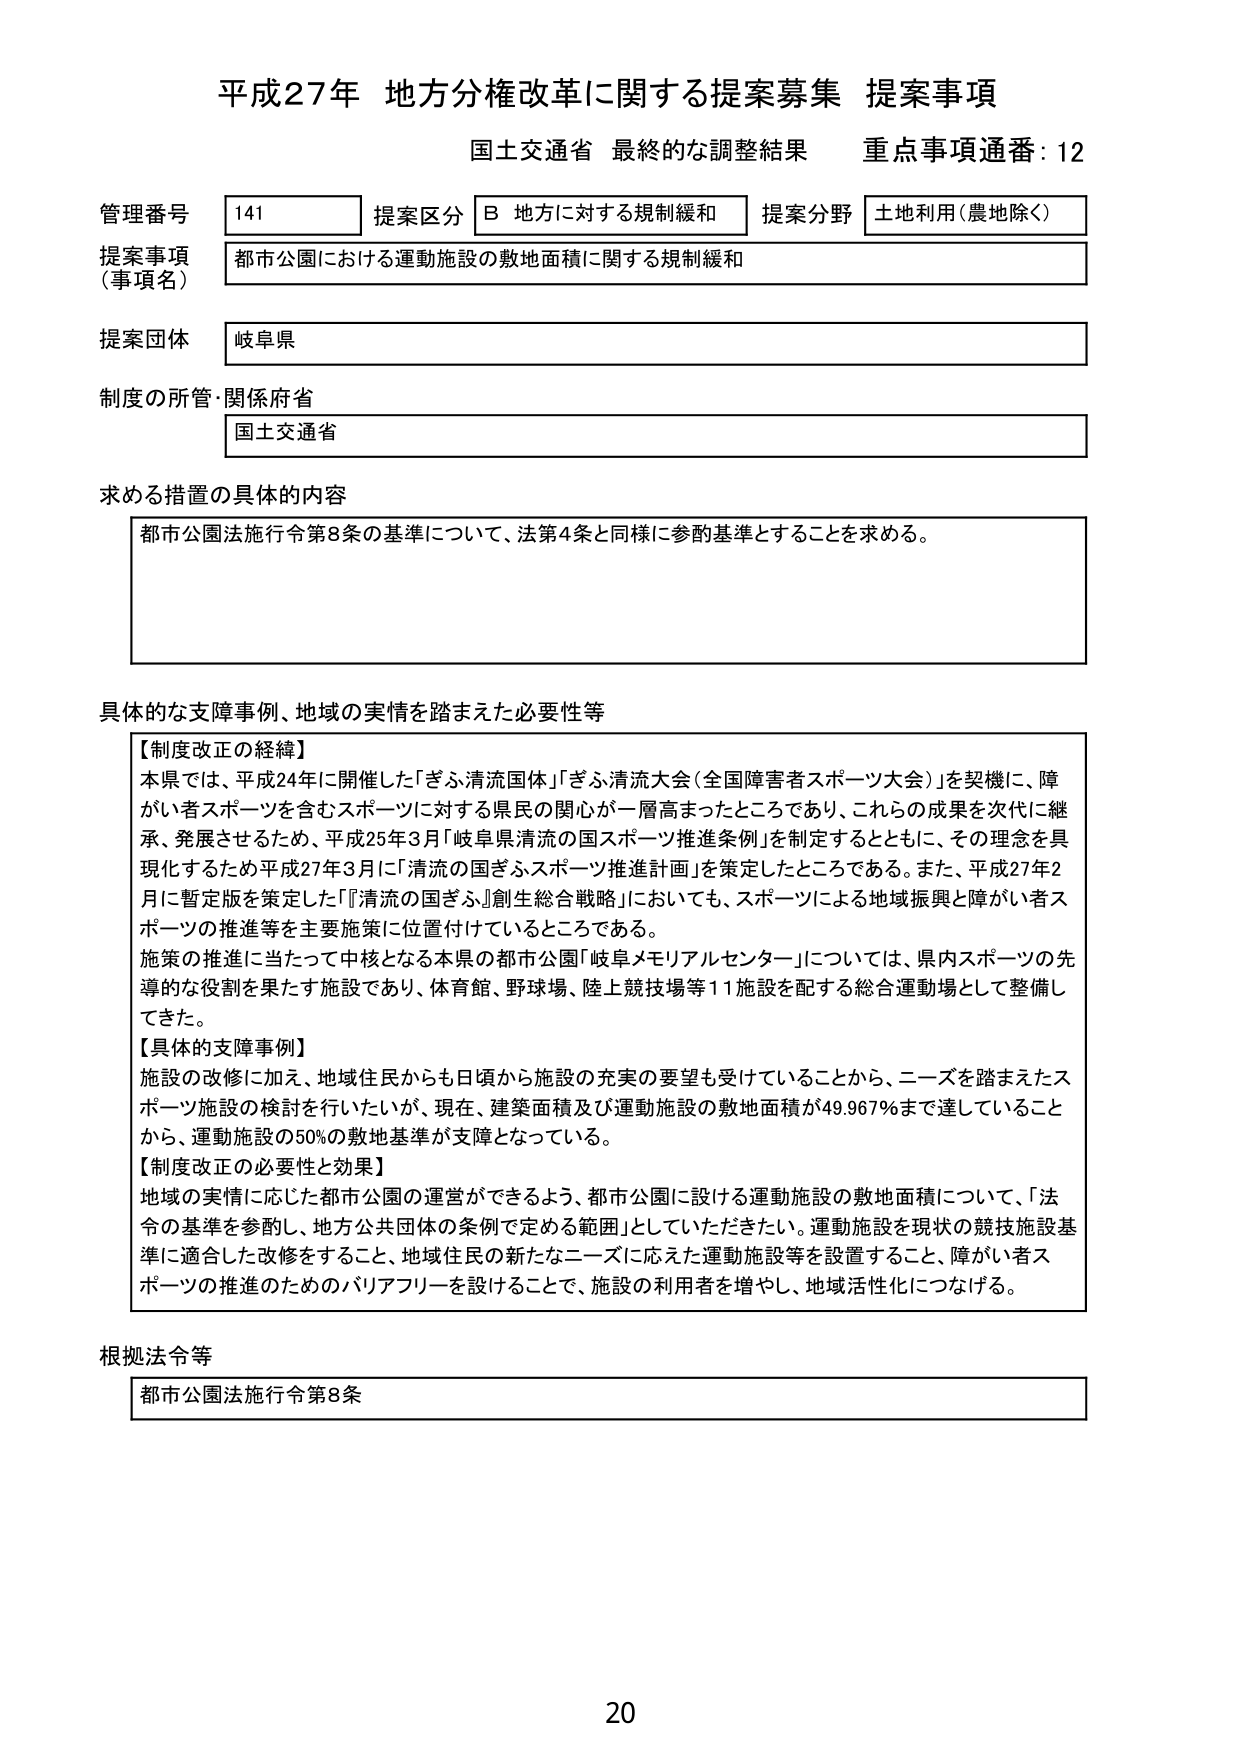
平成27年 地方分権改革に関する提案募集 提案事項
国土交通省 最終的な調整結果 重点事項通番：12

管理番号 141 提案区分 B 地方に対する規制緩和 提案分野 土地利用（農地除く）
提案事項（事項名） 都市公園における運動施設の敷地面積に関する規制緩和
提案団体 岐阜県
制度の所管・関係府省 国土交通省

求める措置の具体的内容
都市公園法施行令第8条の基準について、法第4条と同様に参酌基準とすることを求める。

具体的な支障事例、地域の実情を踏まえた必要性等
【制度改正の経緯】
本県では、平成24年に開催した「ぎふ清流国体」「ぎふ清流大会（全国障害者スポーツ大会）」を契機に、障がい者スポーツを含むスポーツに対する県民の関心が一層高まったところであり、これらの成果を次代に継承、発展させるため、平成25年3月「岐阜県清流の国スポーツ推進条例」を制定するとともに、その理念を具現化するため平成27年3月に「清流の国ぎふスポーツ推進計画」を策定したところである。また、平成27年2月に暫定版を策定した「『清流の国ぎふ』創生総合戦略」においても、スポーツによる地域振興と障がい者スポーツの推進等を主要施策に位置付けているところである。
施策の推進に当たって中核となる本県の都市公園「岐阜メモリアルセンター」については、県内スポーツの先導的な役割を果たす施設であり、体育館、野球場、陸上競技場等11施設を配する総合運動場として整備してきた。
【具体的支障事例】
施設の改修に加え、地域住民からも日頃から施設の充実の要望も受けていることから、ニーズを踏まえたスポーツ施設の検討を行いたいが、現在、建築面積及び運動施設の敷地面積が49.967％まで達していることから、運動施設の50％の敷地基準が支障となっている。
【制度改正の必要性と効果】
地域の実情に応じた都市公園の運営ができるよう、都市公園に設ける運動施設の敷地面積について、「法令の基準を参酌し、地方公共団体の条例で定める範囲」としていただきたい。運動施設を現状の競技施設基準に適合した改修をすること、地域住民の新たなニーズに応えた運動施設等を設置すること、障がい者スポーツの推進のためのバリアフリーを設けることで、施設の利用者を増やし、地域活性化につなげる。

根拠法令等
都市公園法施行令第8条

20